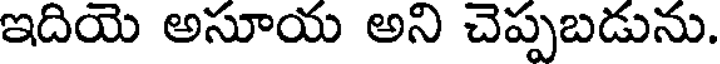
ఇదియె అసూయ అని చెప్పబడును.